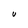
Character: U